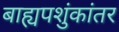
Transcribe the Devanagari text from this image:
बाह्यपशुंकांतर